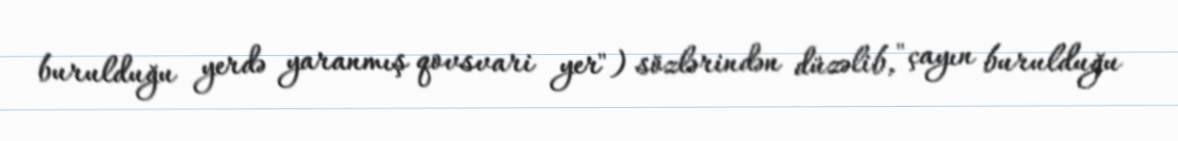
burulduğu yerdə yaranmış qovsvari yer") sözlərindən düzəlib, "çayın burulduğu